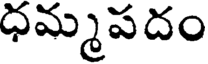
ధమ్మపదం